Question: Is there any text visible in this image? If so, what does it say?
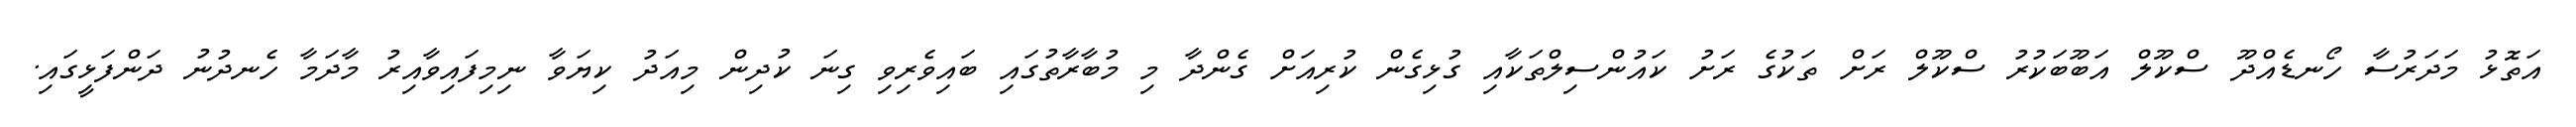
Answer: އަތޮޅު މަދަރުސާ ހޯނޑެއްދޫ ސްކޫލް އަބޫބަކުރު ސްކޫލް ރަށް ތަކުގެ ރަށު ކައުންސިލްތަކާއި ގުޅިގެން ކުރިއަށް ގެންދާ މި މުބާރާތުގައި ބައިވެރިވި ގިނަ ކުދިން މިއަދު ކިޔަވާ ނިމިފައިވާއިރު މާދަމާ ހެނދުނު ދަންފަޅީގައި.